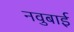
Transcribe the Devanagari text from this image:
नवुबाई